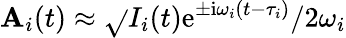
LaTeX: \mathbf{A}_{i}(t)\approx\sqrt{}{{I_{i}(t)}}\mathrm{e}^{\pm\mathrm{i}\omega_{i}(t-\tau_{i})}/2\omega_{i}